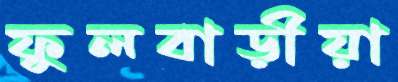
ফুলবাড়ীয়া